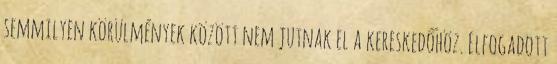
semmilyen körülmények között nem jutnak el a kereskedőhöz. Elfogadott